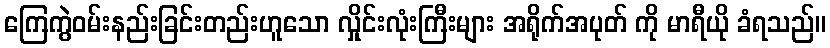
ကြေကွဲဝမ်းနည်းခြင်းတည်းဟူသော လှိုင်းလုံးကြီးများ အရိုက်အပုတ် ကို မာရီယို ခံရသည်။